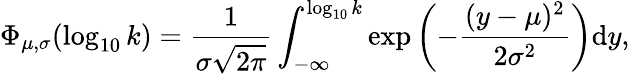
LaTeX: \Phi_{\mu,\sigma}(\log_{10}k)=\frac{1}{\sigma\sqrt{2\pi}}\int_{-\infty}^{\log_{10}k}\exp\left(-\frac{(y-\mu)^{2}}{2\sigma^{2}}\right)\mathrm{d}y,